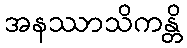
အနဿာသိကန္တိ